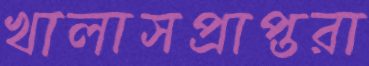
খালাসপ্রাপ্তরা